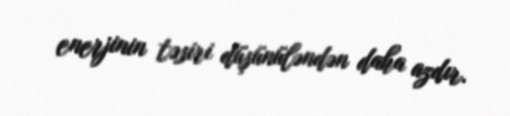
enerjinin təsiri düşünüləndən daha azdır.